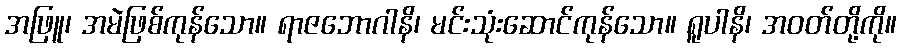
အဖြူ၊ အမဲဖြစ်ကုန်သော။ ရာဇဘောဂါနိ၊ မင်းသုံးဆောင်ကုန်သော။ ရူပါနိ၊ အဝတ်တို့ကို။